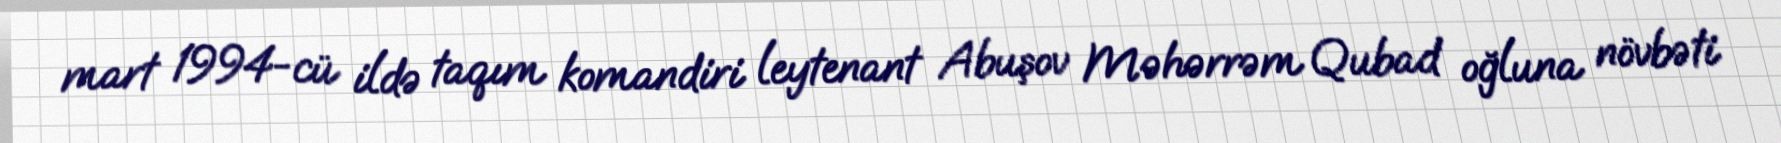
mart 1994-cü ildə taqım komandiri leytenant Abuşov Məhərrəm Qubad oğluna növbəti